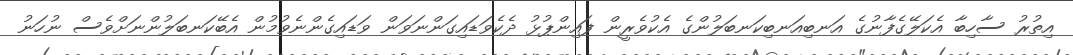
އިތުރު ސާހިބާ އެކަލޭގެފާނުގެ އަނބިއަނބިކަނބަލުންގެ އެކުވެރީން ފައިންޕުޅު ދެކެވަޑައިގަންނަވަން ވަޑައިގެންނެވުމުން އެބޭކަނބަލުންނަށްވެސް ނުހަނު